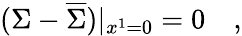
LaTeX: (\Sigma-\overline{{{\Sigma}}})|_{x^{1}=0}=0\quad,